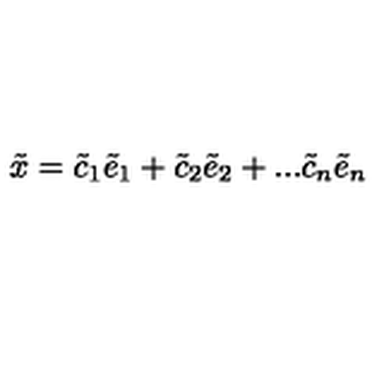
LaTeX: \tilde { x } = \tilde { c } _ { 1 } \tilde { e } _ { 1 } + \tilde { c } _ { 2 } \tilde { e } _ { 2 } + . . . \tilde { c } _ { n } \tilde { e } _ { n }